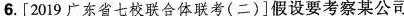
6.[2019广东省七校联合体联考(二)]假设要考察某公司